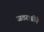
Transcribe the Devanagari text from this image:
जठराग्नीने